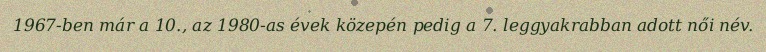
1967-ben már a 10., az 1980-as évek közepén pedig a 7. leggyakrabban adott női név.